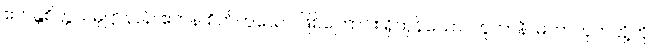
ဧကန္တစိတ္တသမုဋ္ဌာနာနိ၊ ဧကန် စိတ်ဟူသော ဖြစ်ကြောင်း ရှိကုန်သော။ ဘူတာနိ၊ မဟာဘုတ်တို့ကို။